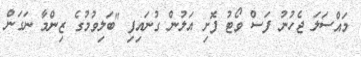
މައްސަލަ ޖެހުނު ފަސް ވޯޓު ފޮށި އަލުން ގުނައިފި "ބަލިވުމުގެ ޒިންމާ ނަގަން